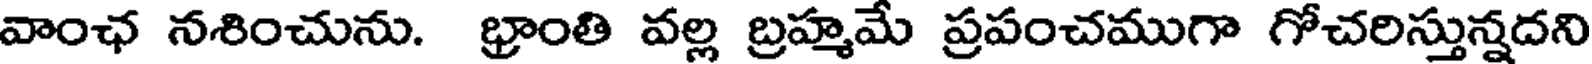
వాంఛ నశించును. భ్రాంతి వల్ల బ్రహ్మమే ప్రపంచముగా గోచరిస్తున్నదని